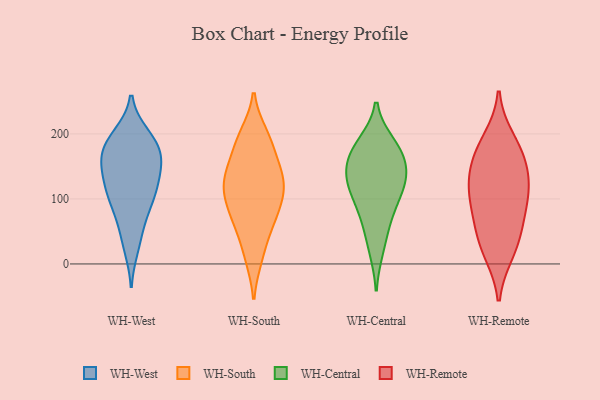
{"axis": {"x": "Demand Index", "y": "Value"}, "legend": ["WH-Central", "WH-Remote", "WH-South", "WH-West"], "data": [{"x": "", "y": 196, "type": "WH-West"}, {"x": "", "y": 119, "type": "WH-West"}, {"x": "", "y": 178, "type": "WH-West"}, {"x": "", "y": 165, "type": "WH-West"}, {"x": "", "y": 168, "type": "WH-West"}, {"x": "", "y": 99, "type": "WH-West"}, {"x": "", "y": 191, "type": "WH-West"}, {"x": "", "y": 135, "type": "WH-West"}, {"x": "", "y": 116, "type": "WH-West"}, {"x": "", "y": 187, "type": "WH-West"}, {"x": "", "y": 154, "type": "WH-West"}, {"x": "", "y": 27, "type": "WH-West"}, {"x": "", "y": 94, "type": "WH-West"}, {"x": "", "y": 46, "type": "WH-West"}, {"x": "", "y": 82, "type": "WH-West"}, {"x": "", "y": 144, "type": "WH-West"}, {"x": "", "y": 110, "type": "WH-South"}, {"x": "", "y": 156, "type": "WH-South"}, {"x": "", "y": 57, "type": "WH-South"}, {"x": "", "y": 87, "type": "WH-South"}, {"x": "", "y": 142, "type": "WH-South"}, {"x": "", "y": 185, "type": "WH-South"}, {"x": "", "y": 113, "type": "WH-South"}, {"x": "", "y": 59, "type": "WH-South"}, {"x": "", "y": 194, "type": "WH-South"}, {"x": "", "y": 188, "type": "WH-South"}, {"x": "", "y": 69, "type": "WH-South"}, {"x": "", "y": 136, "type": "WH-South"}, {"x": "", "y": 121, "type": "WH-South"}, {"x": "", "y": 134, "type": "WH-South"}, {"x": "", "y": 12, "type": "WH-South"}, {"x": "", "y": 130, "type": "WH-South"}, {"x": "", "y": 104, "type": "WH-South"}, {"x": "", "y": 11, "type": "WH-South"}, {"x": "", "y": 79, "type": "WH-South"}, {"x": "", "y": 198, "type": "WH-South"}, {"x": "", "y": 100, "type": "WH-Central"}, {"x": "", "y": 173, "type": "WH-Central"}, {"x": "", "y": 136, "type": "WH-Central"}, {"x": "", "y": 184, "type": "WH-Central"}, {"x": "", "y": 84, "type": "WH-Central"}, {"x": "", "y": 133, "type": "WH-Central"}, {"x": "", "y": 162, "type": "WH-Central"}, {"x": "", "y": 131, "type": "WH-Central"}, {"x": "", "y": 23, "type": "WH-Central"}, {"x": "", "y": 59, "type": "WH-Central"}, {"x": "", "y": 177, "type": "WH-Central"}, {"x": "", "y": 120, "type": "WH-Central"}, {"x": "", "y": 59, "type": "WH-Remote"}, {"x": "", "y": 150, "type": "WH-Remote"}, {"x": "", "y": 124, "type": "WH-Remote"}, {"x": "", "y": 191, "type": "WH-Remote"}, {"x": "", "y": 24, "type": "WH-Remote"}, {"x": "", "y": 160, "type": "WH-Remote"}, {"x": "", "y": 111, "type": "WH-Remote"}, {"x": "", "y": 59, "type": "WH-Remote"}, {"x": "", "y": 110, "type": "WH-Remote"}, {"x": "", "y": 176, "type": "WH-Remote"}, {"x": "", "y": 95, "type": "WH-Remote"}, {"x": "", "y": 18, "type": "WH-Remote"}]}